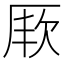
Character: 𭆇